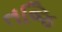
તજિ